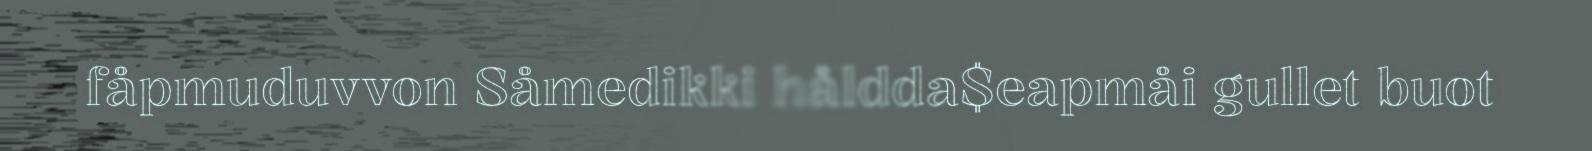
fåpmuduvvon Såmedikki håldda$eapmåi gullet buot